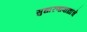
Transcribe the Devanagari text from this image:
सुधारणावाद्यांचे